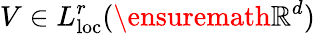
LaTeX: V\in L_{\mathrm{loc}}^{r}(\ensuremath{\mathbb{R}}^{d})